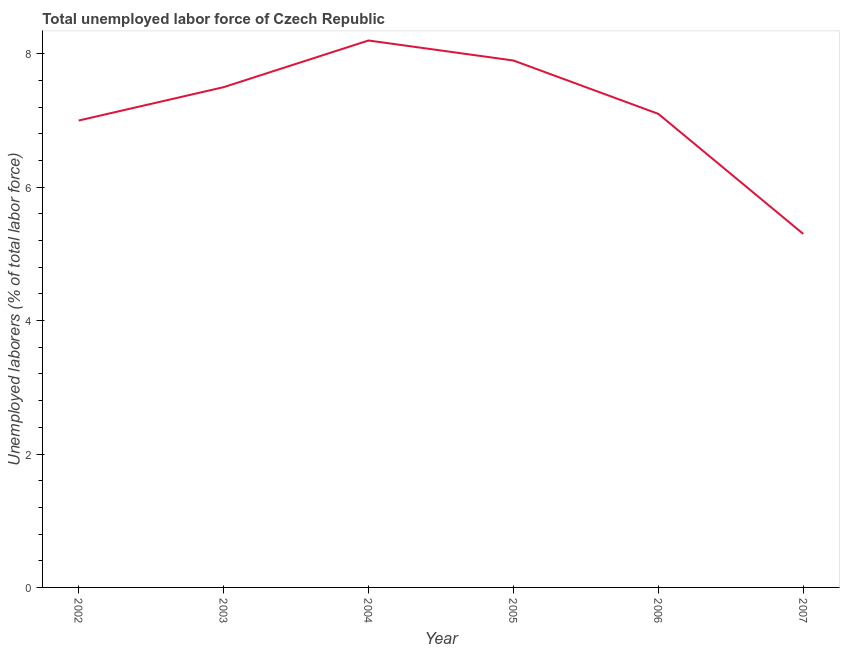
| Year | Unemployment total |
 | --- | --- |
 | 2002 | 7 |
 | 2003 | 7.5 |
 | 2004 | 8.2 |
 | 2005 | 7.9 |
 | 2006 | 7.1 |
 | 2007 | 5.3 |